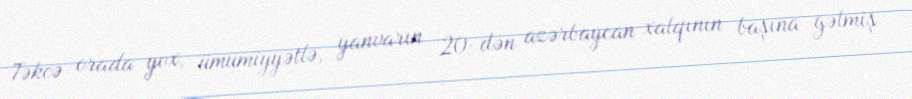
Təkcə orada yox, ümumiyyətlə, yanvarın 20-dən azərbaycan xalqının başına gəlmiş